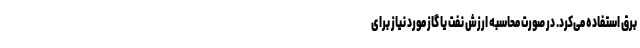
برق استفاده می‌کرد. در صورت محاسبه ارزش نفت یا گاز مورد نیاز برای